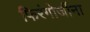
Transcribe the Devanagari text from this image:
फिरंगोजींना